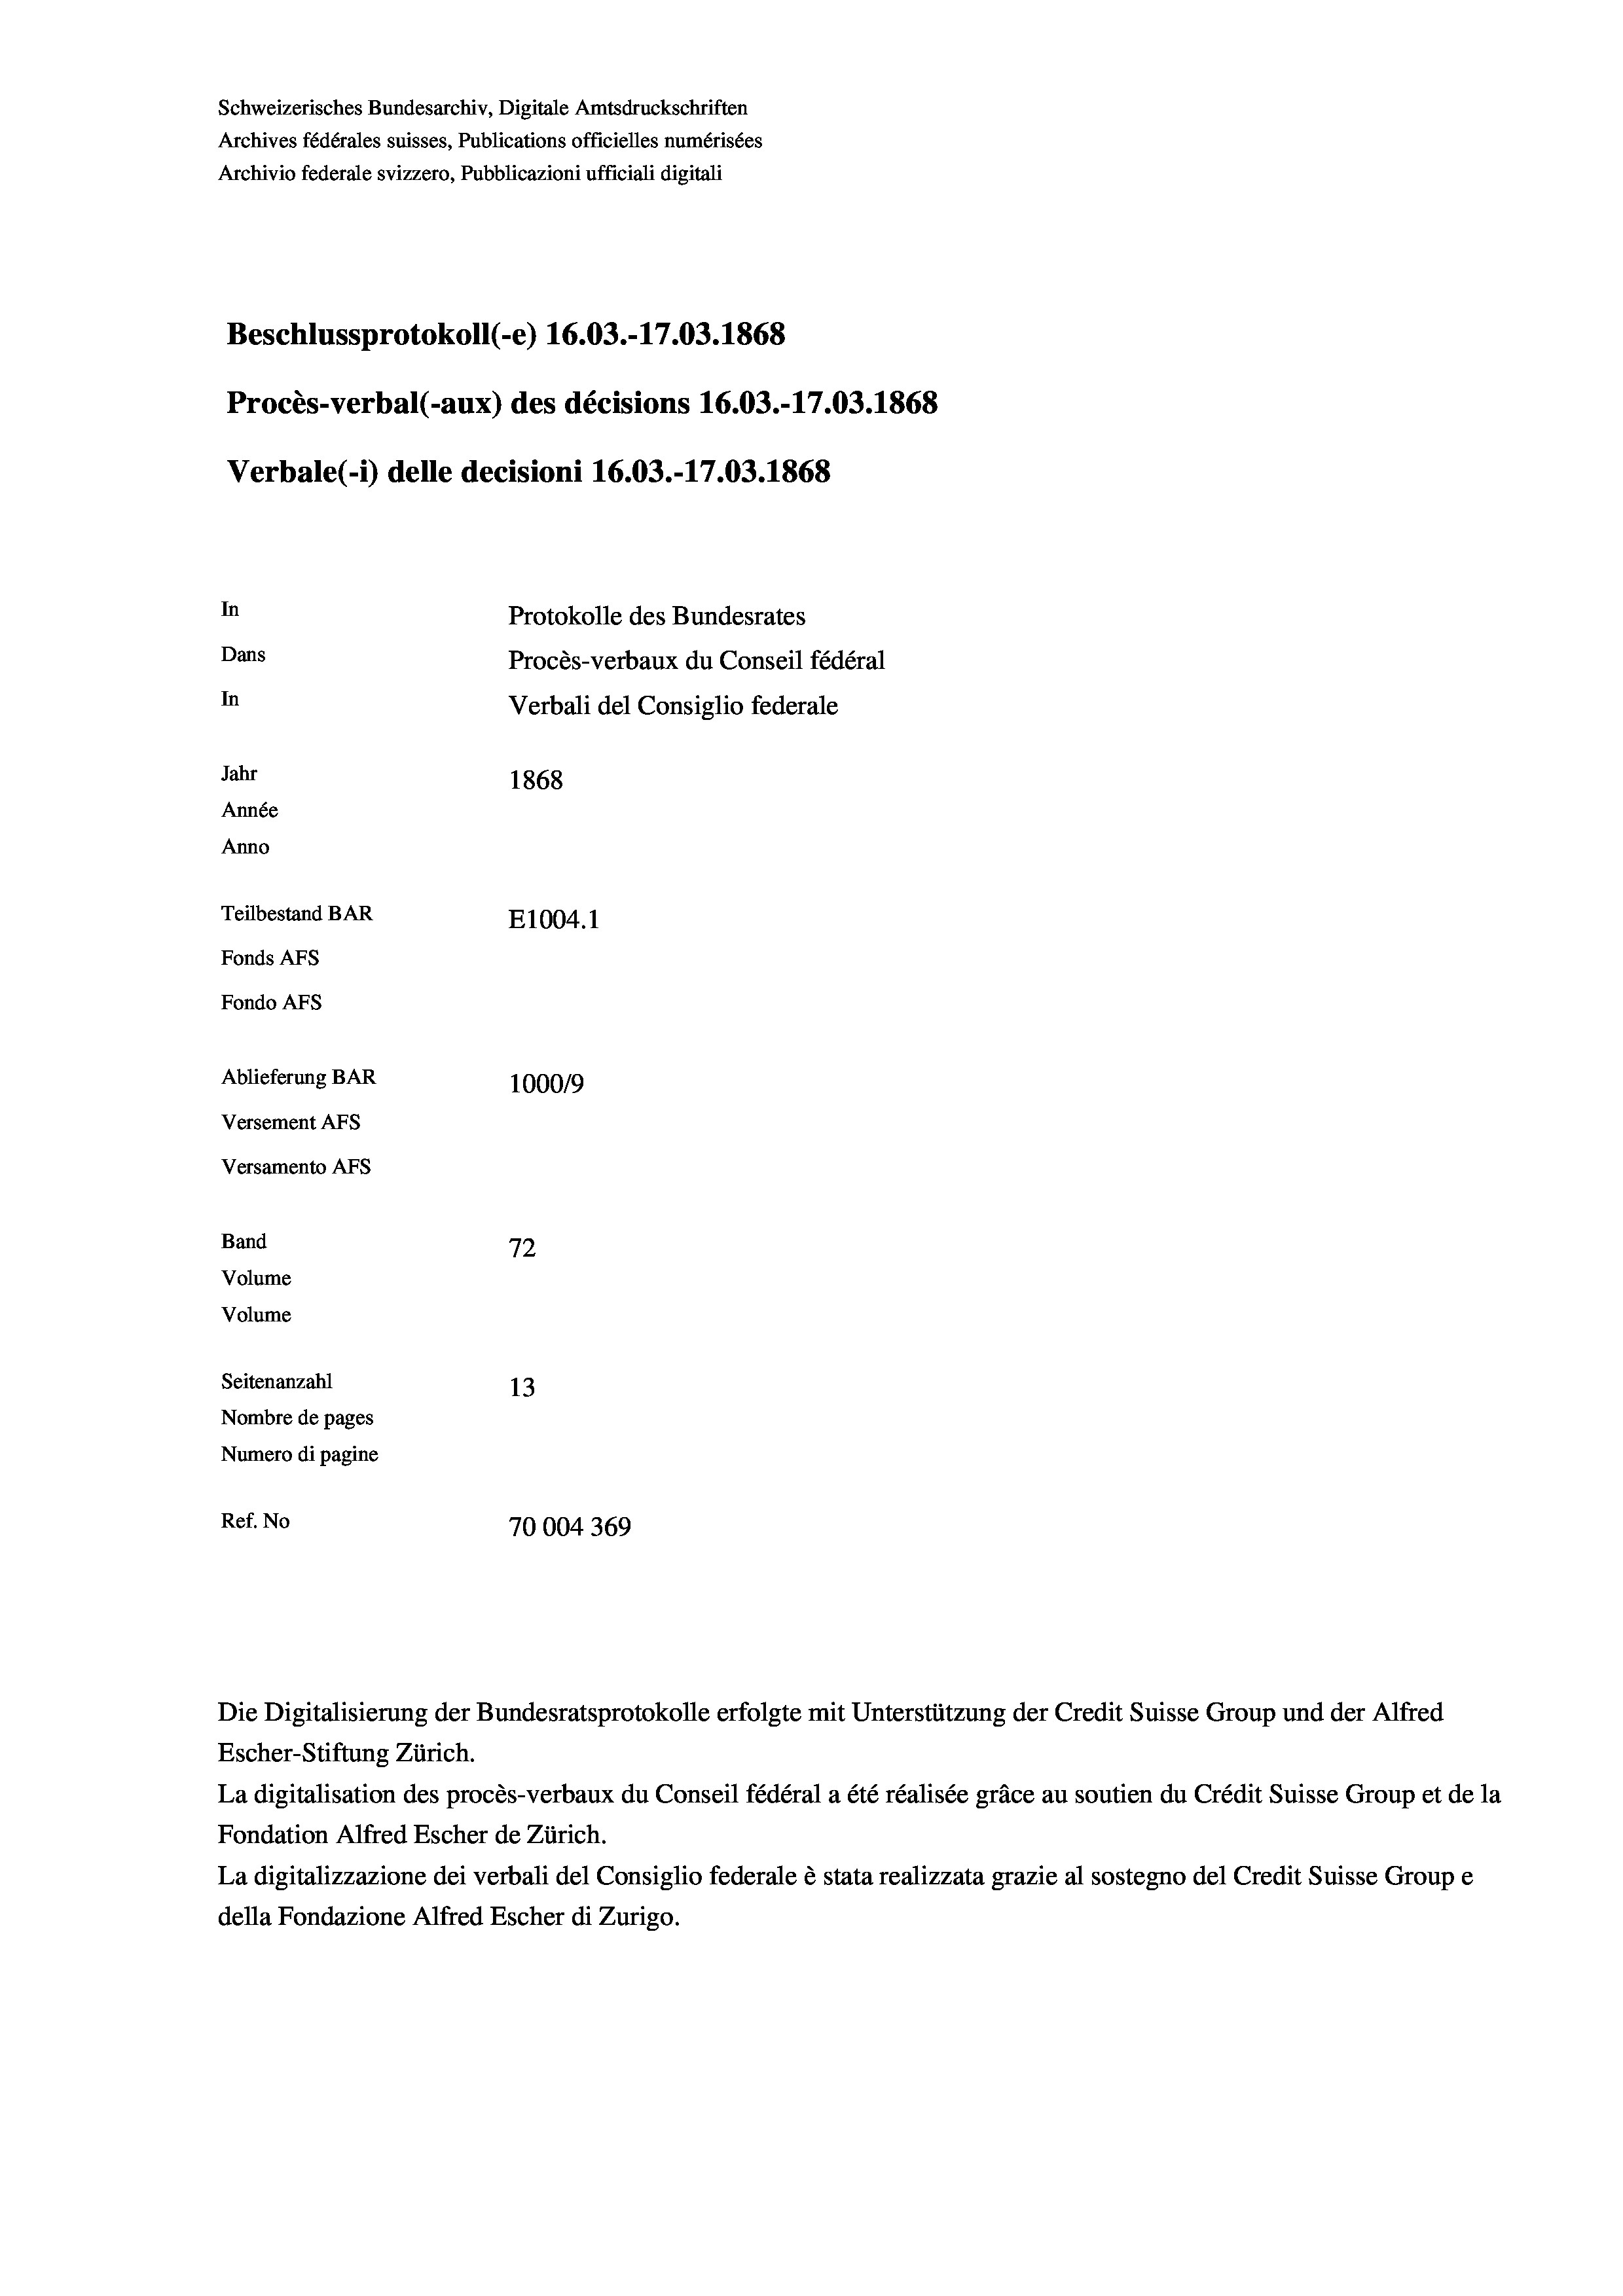
Schweizerisches Bundesarchiv, Digitale Amtsdruckschriften
Archives fédérales suisses, Publications officielles numérisées
Archivio federale svizzero, Pubblicazioni ufficiali digitali
Beschlussprotokoll (-e) 16.03.-17.03. 1868
Procès-verbal (-aux) des décisions 16.03.-17.03. 1868
Verbale(-*) delle decisioni 16.03.-17.03. 1868
In
Protokolle des Bundesrates
Dans
Procès-verbaux du Conseil fédéral
In
Verbali del Consiglio federale
Jahr
1868
Année
Anno
Teilbestand BAR
E1004. 1
Fonds AFs
Fondo Afs
Ablieferung BAR
100019
Versement AFs
Versamento AFs
e
Band
72
Volume
Volume
Seitenanzahl
13
Nombre de pages
Numero di pagine
Ref. No
70004 369

Escher-Stiftung Zürich.
La digitalisation des procès-verbaux du Conseil fédéral a été réalisée gräce au soutien du Crédit Suisse Group et de la
Fondation Alfred Escher de Zürich.
La digitalizzazione dei verbali del Consiglio federale è stata realizzata grazie al sostegno del Credit Suisse Groupe
della Fondazione Alfred Escher di Zurigo.

Die Digitalisierung der Bundesratsprotokolle erfolgte mit Unterstützung der Credit Suisse Group und der Alfred